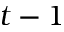
t - 1